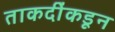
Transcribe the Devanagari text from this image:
ताकदींकडून